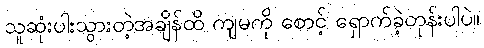
သူဆုံးပါးသွားတဲ့အချိန်ထိ ကျမကို စောင့် ရှောက်ခဲ့တုန်းပါပဲ။